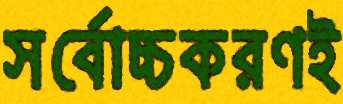
সর্বোচ্চকরণই